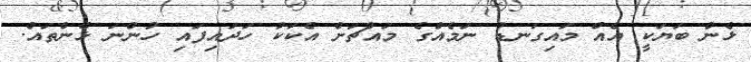
ޅެން ބަޔަކީ އެއް މައިގަނޑު ނަމެއްގެ މައްޗަށް އެކަކު ހަދައިފައި ހުންނަ ޅެންތައް.